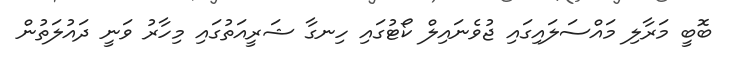
ބޮބީ މަރާލި މައްސަލައިގައި ޖުވެނައިލް ކޯޓުގައި ހިނގާ ޝަރީއަތުގައި މިހާރު ވަނީ ދައުލަތުން